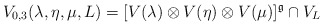
\begin{align*}V_{0, 3}(\lambda, \eta, \mu, L) = [V(\lambda) \otimes V(\eta)\otimes V(\mu)]^{\mathfrak{g}} \cap V_L\\\end{align*}